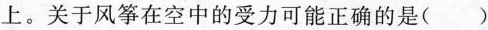
上。关于风筝在空中的受力可能正确的是( )